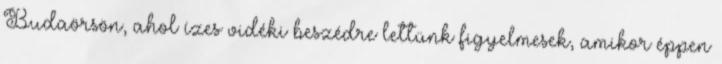
Budaörsön, ahol ízes vidéki beszédre lettünk figyelmesek, amikor éppen